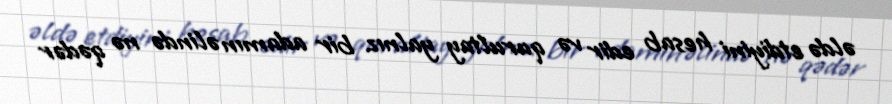
əldə etdiyini hesab edir və qurultay yalnız bir adamın əlində nə qədər